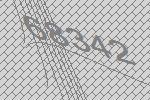
68342